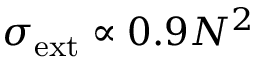
\sigma _ { \mathrm { e x t } } \propto 0 . 9 N ^ { 2 }